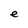
Character: e